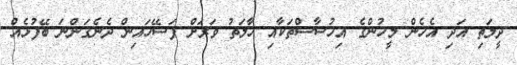
ދީލަތި އަދި އެހެން މީހުންގެ އިހުސާސްތަކާއި ހާލަތު ވަރަށް ފަސޭހައިން ދެނެގަންނަ ބޭފުޅެއް